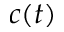
c ( t )